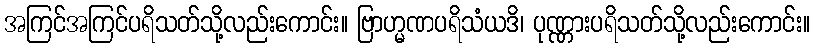
အကြင်အကြင်ပရိသတ်သို့လည်းကောင်း။ ဗြာဟ္မဏပရိသံယဒိ၊ ပုဏ္ဏားပရိသတ်သို့လည်းကောင်း။